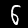
Label: 6